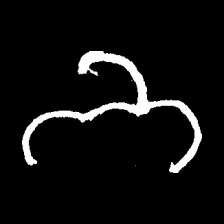
Pyu character \u2014 Myanmar letter: ဘ (romanized: bha)